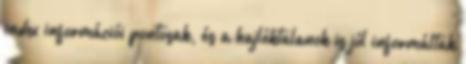
index információi pontosak, és a hajléktalanok is jól informáltak